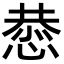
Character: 𫺯